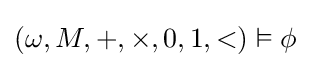
(\omega ,M,+,\times ,0,1,<)\vDash \phi